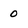
Character: O